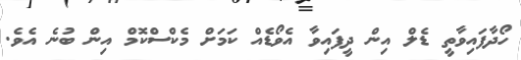
ހޯދާފައިވާތީ ޑެލް އިން ދީފައިވާ އެވޯޑެއް ކަމަށް މެކްސްކޮމް އިން ބުނެ އެވެ.